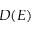
D ( E )